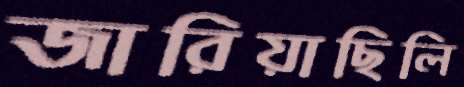
জারিয়াছিলি